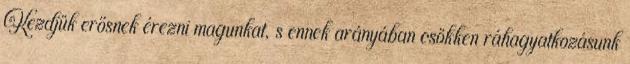
Kezdjük erősnek érezni magunkat, s ennek arányában csökken ráhagyatkozásunk